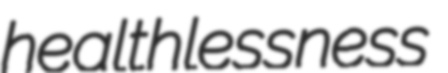
healthlessness